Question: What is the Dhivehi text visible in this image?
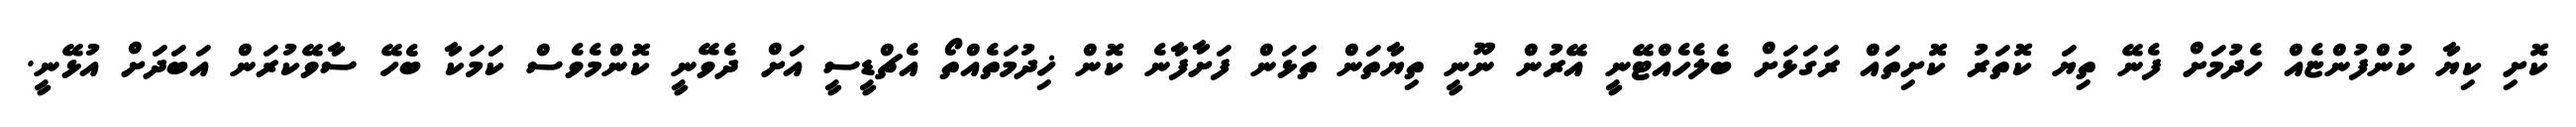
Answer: ކޮށި ކިޔާ ކުންފުންޏެއް ހެދުމަށް ފެނޭ ތިޔަ ކޮތަރު ކޮށިތައް ރަގަޅަށް ބެލެހެއްޓޭނީ އޭރުން ނޫނީ ތިޔާތަން ތަޅަން ފަށާފާނެ ކޮން ޚިދުމަތެއްތޯ އެޗްޑީސީ އަށް ދެވޭނީ ކޮންމެވެސް ކަމަކާ ބެހޭ ސާވޭކުރަން އަބަދަށް އުޅޭނީ.